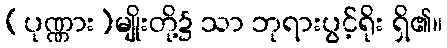
(ပုဏ္ဏား)မျိုးတို့၌ သာ ဘုရားပွင့်ရိုး ရှိ၏။